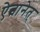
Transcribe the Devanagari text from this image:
ऐत्वानेत्